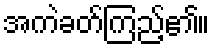
အကဲခတ်ကြည့်၏။